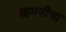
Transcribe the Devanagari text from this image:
बहमनीचा